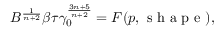
B ^ { \frac { 1 } { n + 2 } } \beta \tau \gamma _ { 0 } ^ { \frac { 3 n + 5 } { n + 2 } } = F ( p , \mathrm { ~ s ~ h ~ a ~ p ~ e ~ } ) ,